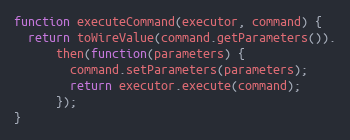
Language: JavaScript
function executeCommand(executor, command) {
  return toWireValue(command.getParameters()).
      then(function(parameters) {
        command.setParameters(parameters);
        return executor.execute(command);
      });
}